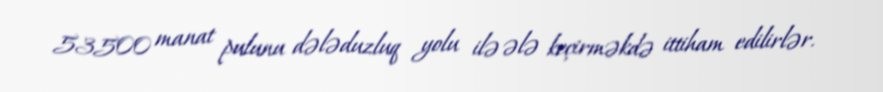
53500 manat pulunu dələduzluq yolu ilə ələ keçirməkdə ittiham edilirlər.